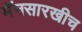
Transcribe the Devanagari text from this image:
मॅनसारखीच